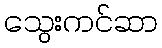
သွေးကင်ဆာ